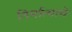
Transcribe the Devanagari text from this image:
निर्मात्याचे